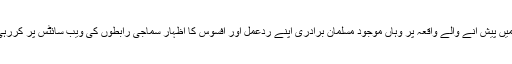
شہر میں پیش آنے والے واقعہ پر وہاں موجود مسلمان برادری اپنے ردعمل اور افسوس کا اظہار سماجی رابطوں کی ویب سائٹس پر کررہی ہے۔